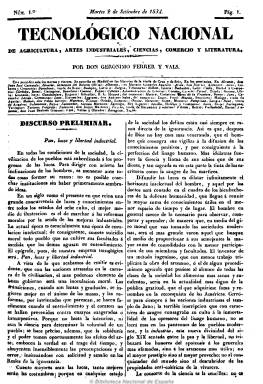
Título: Tecnológico nacional de agricultura, artes industriales, ciencias, comercio y literatura
Otros títulos: Tecnológico nacional
Colección: Periódicos anteriores a 1850
Ámbito geográfico: Madrid
Lugar de publicación: Madrid
Fechas: 02/09/1834-30/12/1834

Periódico redactado por Gerónimo Ferrer y Vals, que aparece martes y viernes, y llega a tirar 35 números de ocho páginas cada uno (273 páginas en total) y desaparece al no poder sufragar los gastos de impresión por la falta de suscripciones. Nace con la nueva situación política que representa la etapa liberal del Estatuto Real y la regencia de María Cristina y el gobierno de Espartero, con el objeto de “instruir a las masas populares para emanciparlas del yugo de la ignorancia y de la rutina” a fin de iniciarlas “en los descubrimientos útiles que diariamente se están haciendo en la agricultura y artes industriales”.

De carácter reformista y de corte enciclopedista favorable a la instrucción, publicará artículos doctrinales y de divulgación de conocimientos útiles para el fomento industrial, económico y del comercio, sobre agricultura, economía pública y social, política municipal, trabajo, literatura y sociedad. Tendrá una sección de variedades con notas divulgativas de economía doméstica y conocimientos técnicos. También publicará una sección de efemérides y de legislación. El último número contiene un índice de sus contenidos.